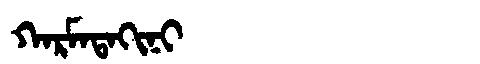
Manchu: ᡴᠠᡵᠮᠠᡨᠠᡴᡳᠨᡳ
Romanization: KARMATAKINI